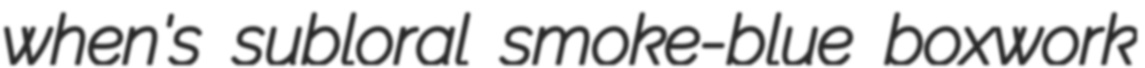
when's subloral smoke-blue boxwork